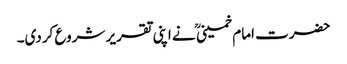
حضرت امام خمینی ؒ نے اپنی تقریر شروع کردی۔